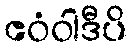
ဧဝံဝါဒီပိ